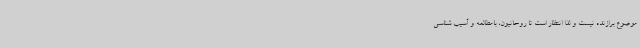
موضوع برازنده نیست و لذا انتظار است تا روحانیون، بامطالعه و آسیب شناسی